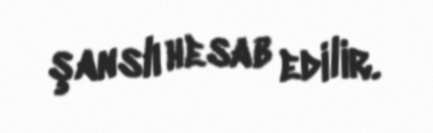
şanslı hesab edilir.